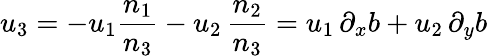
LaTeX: u_{3}=-u_{1}\frac{n_{1}}{n_{3}}-u_{2}\, \frac{n_{2}}{n_{3}}=u_{1}\, \partial_{x}b+u_{2}\, \partial_{y}b